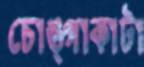
চোঙ্গাকাটা